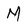
Character: M